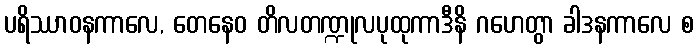
ပရိဿာဝနကာလေ, တေနေဝ တိလတဏ္ဍုလပုထုကာဒီနိ ဂဟေတွာ ခါဒနကာလေ စ